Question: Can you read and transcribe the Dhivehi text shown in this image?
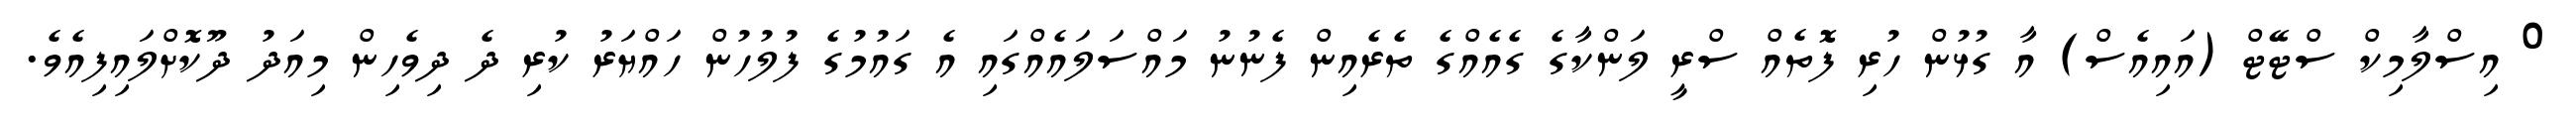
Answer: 0 އިސްލާމިކް ސްޓޭޓް (އައިއެސް) އާ ގުޅުން ހުރި ފޮތެއް ސްރީ ލަންކާގެ ގެއެއްގެ ތެރެއިން ފެނުނު މައްސަލައެއްގައި އެ ގައުމުގެ ފުލުހުން ހައްޔަރު ކުރި ދެ ދިވެހިން މިއަދު ދޫކޮށްލައިފިއެވެ.